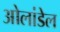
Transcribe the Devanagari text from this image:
ओलांडेल